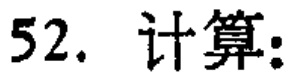
52. 计算：